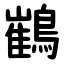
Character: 䳽